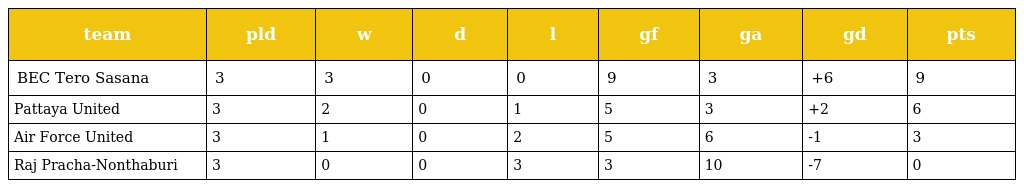
| team | pld | w | d | l | gf | ga | gd | pts |
 | --- | --- | --- | --- | --- | --- | --- | --- | --- |
 | BEC Tero Sasana | 3 | 3 | 0 | 0 | 9 | 3 | +6 | 9 |
 | Pattaya United | 3 | 2 | 0 | 1 | 5 | 3 | +2 | 6 |
 | Air Force United | 3 | 1 | 0 | 2 | 5 | 6 | -1 | 3 |
 | Raj Pracha-Nonthaburi | 3 | 0 | 0 | 3 | 3 | 10 | -7 | 0 |